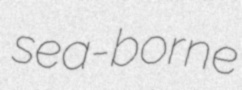
sea-borne